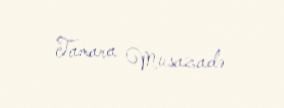
Tamara Musazadə